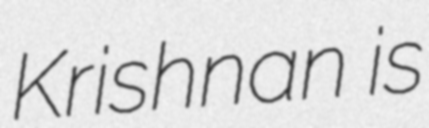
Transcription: Krishnan is